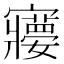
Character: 𡫽